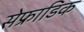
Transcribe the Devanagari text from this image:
सेफ्राडिक